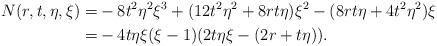
LaTeX: \begin{align*} N(r,t,\eta,\xi)=&-8t^2\eta^2\xi^3+(12t^2\eta^2+8rt\eta)\xi^2-(8rt\eta+4t^2\eta^2)\xi\\ =&-4t\eta\xi(\xi-1)(2t\eta\xi-(2r+t\eta)). \end{align*}